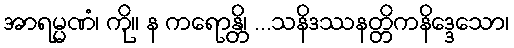
အာရမ္မဏံ၊ ကို။ န ကရောန္တိ၊ ...သနိဒဿနတ္တိကနိဒ္ဒေသော၊